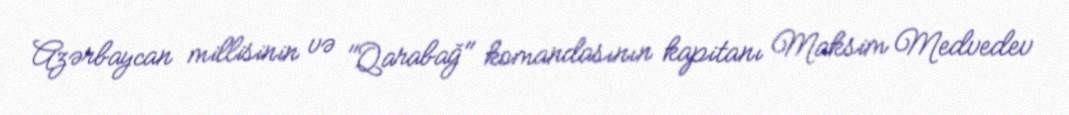
Azərbaycan millisinin və "Qarabağ" komandasının kapitanı Maksim Medvedev